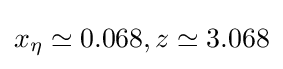
x_{\eta }\simeq 0.068,z\simeq 3.068